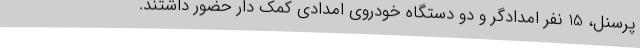
پرسنل، 15 نفر امدادگر و دو دستگاه خودروی امدادی کمک دار حضور داشتند.